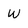
Character: W